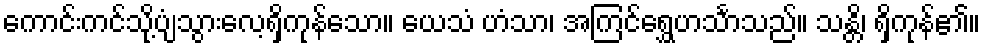
ကောင်းကင်သို့ပျံသွားလေ့ရှိကုန်သော။ ယေသံ ဟံသာ၊ အကြင်ရွှေဟင်္သာသည်။ သန္တိ၊ ရှိကုန်၏။